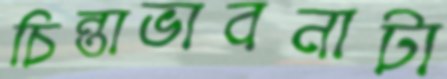
চিন্তাভাবনাটা